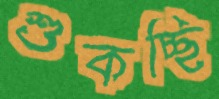
শুকচ্ছি